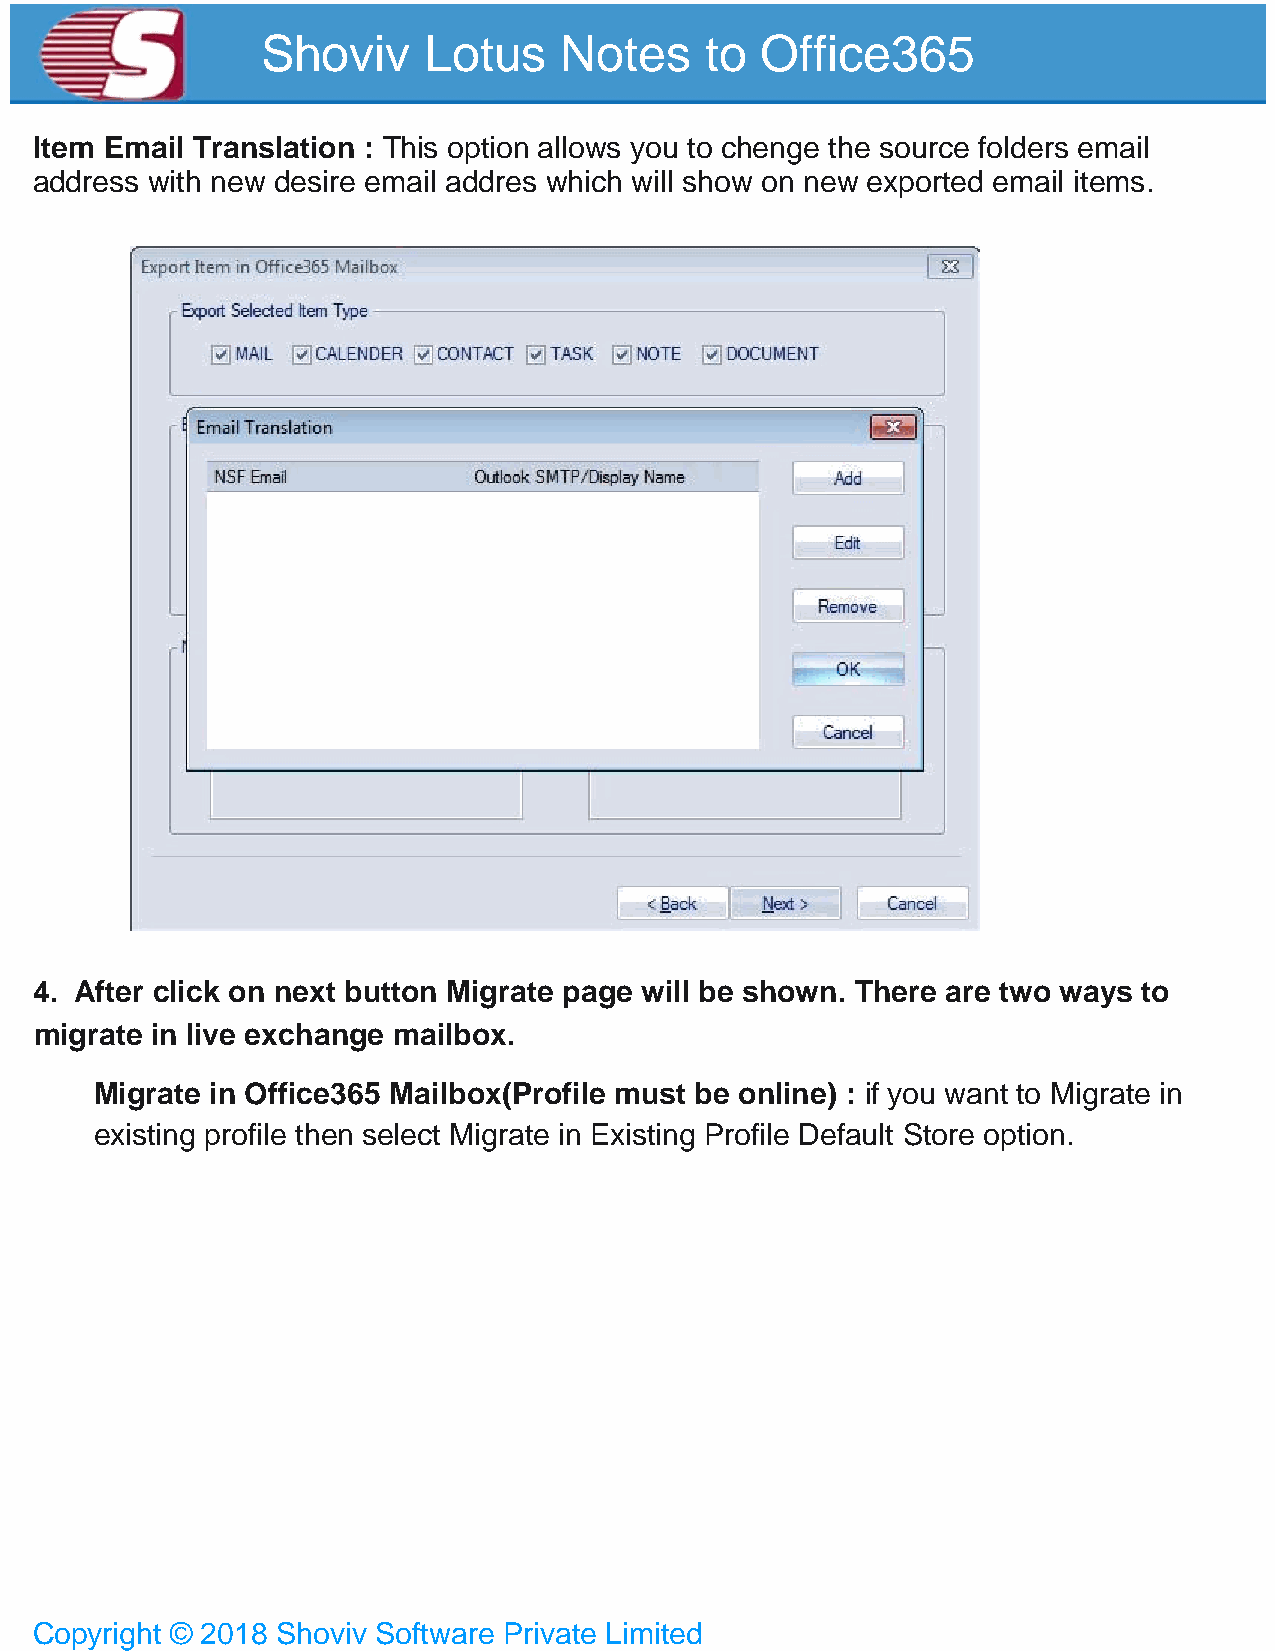
Shoviv     Lotus    Notes     to Office365
 Item Email Translation : This option allows you to chenge the source folders email
 address with new desire email addres which will show on new exported email items.
 4. After click on next button Migrate page will be shown. There are two ways to
 migrate in live exchange mailbox.
 Migrate in Office365 Mailbox(Profile must be online) : if you want to Migrate in
 existing profile then select Migrate in Existing Profile Default Store option.
 Copyright © 2018 Shoviv Software Private Limited